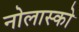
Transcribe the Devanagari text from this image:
नोलास्को